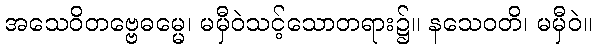
အသေဝိတဗ္ဗေဓမ္မေ၊ မမှီဝဲသင့်သောတရား၌။ နသေဝတိ၊ မမှီဝဲ။